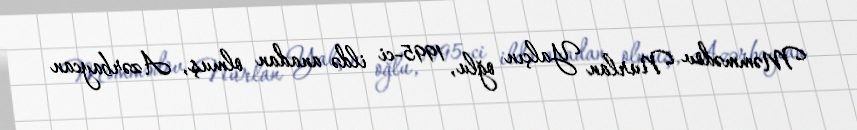
Məmmədov Nurlan Yalçın oğlu, 1995-ci ildə anadan olmuş, Azərbaycan